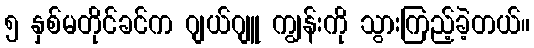
၅ နှစ်မတိုင်ခင်က ဂျယ်ဂျူ ကျွန်းကို သွားကြည့်ခဲ့တယ်။